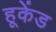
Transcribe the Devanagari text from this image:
हूकेंड